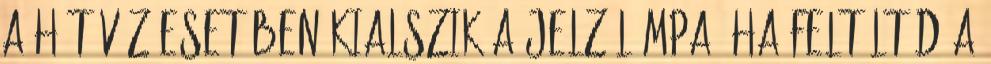
a hűtővíz esetében kialszik a jelzőlámpa, ha feltöltöd a